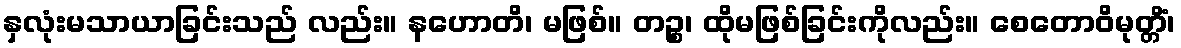
နှလုံးမသာယာခြင်းသည် လည်း။ နဟောတိ၊ မဖြစ်။ တဉ္စ၊ ထိုမဖြစ်ခြင်းကိုလည်း။ စေတောဝိမုတ္တိံ၊